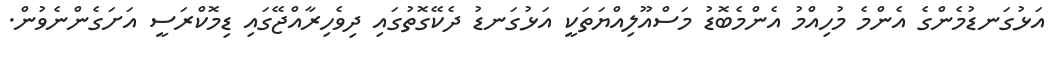
އަޅުގަނޑުމެންގެ އެންމެ މުހިއްމު އެންމެބޮޑު މަސްއޫލިއްޔަތަކީ އަޅުގަނޑު ދެކޭގޮތުގައި ދިވެހިރާއްޖޭގައި ޑިމޮކްރަސީ އަށަގެންނެވުން.